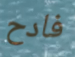
فادح